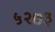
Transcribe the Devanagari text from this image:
५२७३